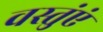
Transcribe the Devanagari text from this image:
वस्तुंएं